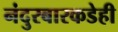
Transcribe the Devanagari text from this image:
नंदुरबारकडेही